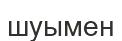
шуымен